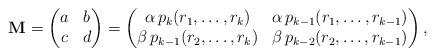
LaTeX: \begin{align*}\mathbf{M}=\begin{pmatrix}a & b\\c & d\end{pmatrix}=\begin{pmatrix}\alpha\, p_k(r_1,\dots, r_k) & \alpha\, p_{k-1}(r_1,\dots,r_{k-1})\\\beta \, p_{k-1}(r_2,\dots, r_k) & \beta\, p_{k-2}(r_2,\dots,r_{k-1})\end{pmatrix},\end{align*}